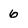
Character: 6